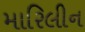
મારિલીન